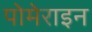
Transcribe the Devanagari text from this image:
पोमेराइन